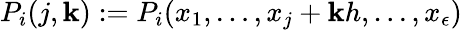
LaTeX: P_{i}(j,\mathbf{k}):=P_{i}(x_{1},\dots,x_{j}+\mathbf{k}h,\dots,x_{\epsilon})